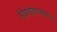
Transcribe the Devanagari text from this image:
गिर्यारोहणाबरोबरच